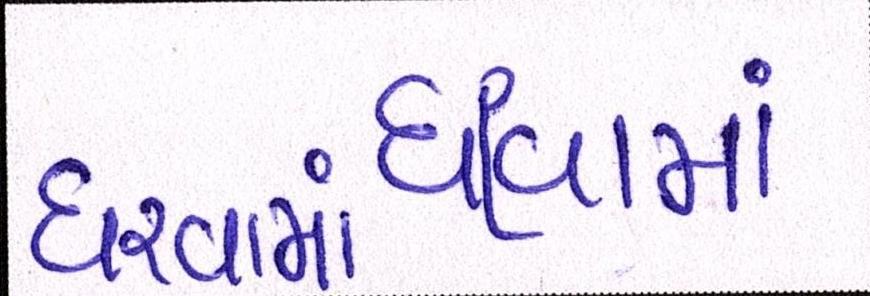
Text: ધરવામાં